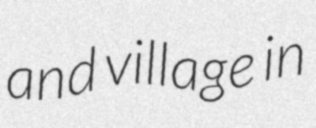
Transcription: and village in